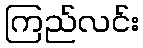
ကြည်လင်း